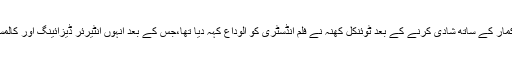
سال 2001 میں اکشے کمار کے ساتھ شادی کرنے کے بعد ٹوئنكل کھنہ نے فلم انڈسٹری کو الوداع کہہ دیا تھا،جس کے بعد انہوں انٹیرئر ڈیزائینگ اور کالمسٹ کے طور پر کام کیا ۔